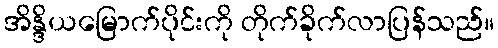
အိန္ဒိယမြောက်ပိုင်းကို တိုက်ခိုက်လာပြန်သည်။